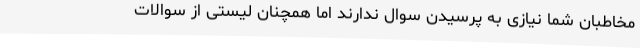
مخاطبان شما نیازی به پرسیدن سوال ندارند اما همچنان لیستی از سوالات